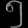
Digit: ၅